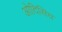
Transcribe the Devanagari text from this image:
ओदिसिय